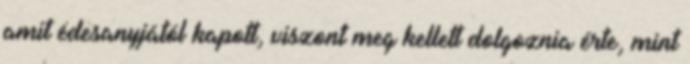
amit édesanyjától kapott, viszont meg kellett dolgoznia érte, mint